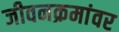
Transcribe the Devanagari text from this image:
जीवनक्रमांवर